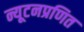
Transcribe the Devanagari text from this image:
न्यूटनप्रणित